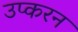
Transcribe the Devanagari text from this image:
उप्करन